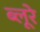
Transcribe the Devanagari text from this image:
ब्लूरे